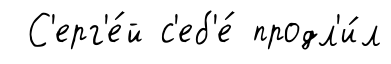
С'ерг'е́й с'еб'е́ продл'и́л